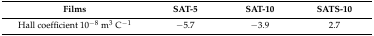
| Films | SAT-5 | SAT-10 | SATS-10 |
 | --- | --- | --- | --- |
 | Hall coefficient 10−8 m3 C−1 | −5.7 | −3.9 | 2.7 |